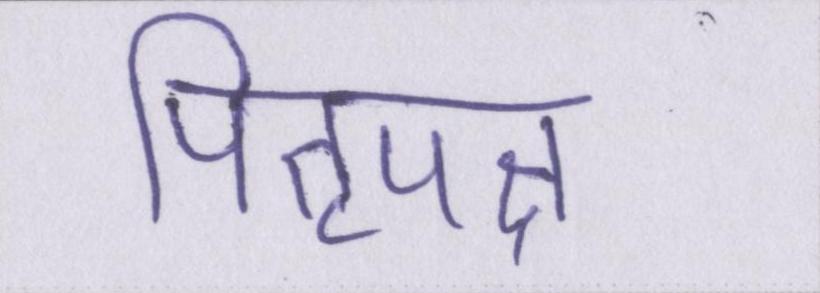
पितृपक्ष